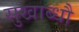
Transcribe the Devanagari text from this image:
सुखाब्धौ